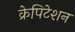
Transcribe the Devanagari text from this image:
क्रेपिटेशन